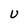
Character: U